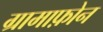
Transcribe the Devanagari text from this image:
ग्रामाफ़ोन